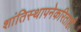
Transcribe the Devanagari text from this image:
शांतिस्थापनेकरिताही